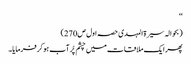
‘‘
(بحوالہ سیرۃ المہدی حصہ اول ص270)
پھر ایک ملاقات میں چشم پُر آب ہو کر فرمایا۔